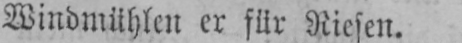
Windmühlen er für Riesen.